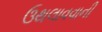
ઉથલાવવાની